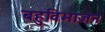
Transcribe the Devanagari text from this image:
बहुविभाजन